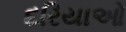
દરિયાઓ